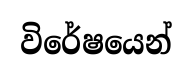
විරේෂයෙන්